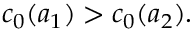
c _ { 0 } ( a _ { 1 } ) > c _ { 0 } ( a _ { 2 } ) .